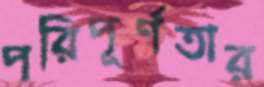
পরিপূর্ণতার